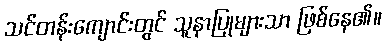
သင်တန်းကျောင်းတွင် သူနာပြုများသာ ဖြစ်နေ၏။